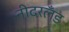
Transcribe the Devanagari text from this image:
नीदरलँड